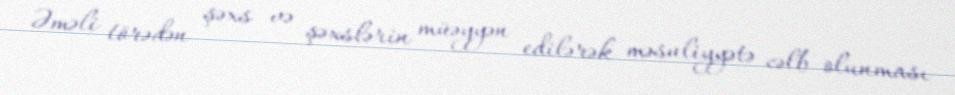
Əməli törədən şəxs və şəxslərin müəyyən edilərək məsuliyyətə cəlb olunması